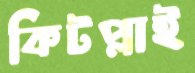
কিটপ্লাই